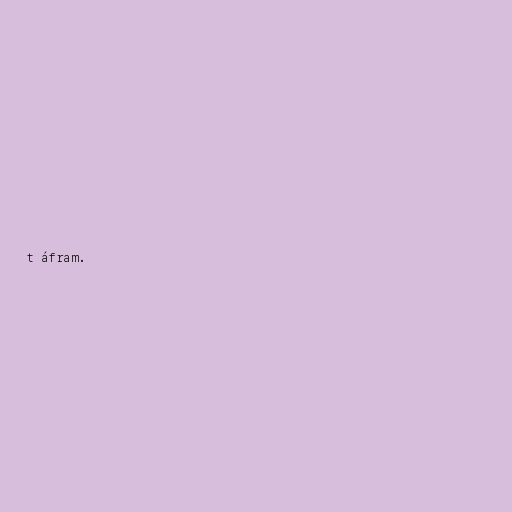
t áfram.